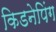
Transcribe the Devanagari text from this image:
किडनेपिंग